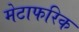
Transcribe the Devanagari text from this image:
मेटाफरिक